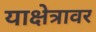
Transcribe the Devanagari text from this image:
याक्षेत्रावर